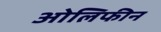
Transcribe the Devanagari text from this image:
ओलिफीन